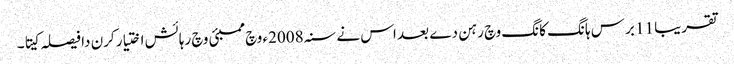
تقریبا 11 برس ہانگ کانگ وچ رہن دے بعد اس نے سنہ 2008ء وچ ممبئی وچ رہائش اختیار کرن دا فیصلہ کیتا۔